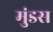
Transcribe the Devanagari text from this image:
मुंडस